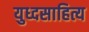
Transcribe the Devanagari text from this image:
युध्दसाहित्य